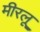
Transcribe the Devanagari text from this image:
मीरलू